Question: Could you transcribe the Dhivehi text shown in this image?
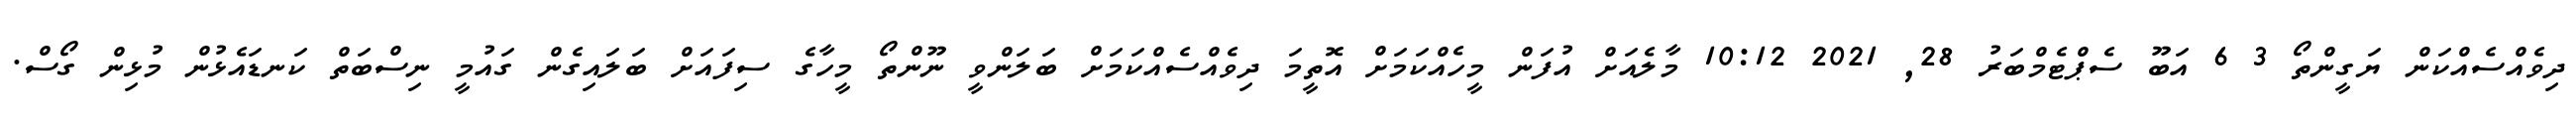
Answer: ދިވެއްސެއްކަން ޔަގީންތޯ 3 6 އަބޫ ސެޕްޓެމްބަރު 28, 2021 10:12 މާލެއަށް އުފަން މީހެއްކަމަށް އޮތީމަ ދިވެއްސެއްކަމަށް ބަލަންވީ ނޫންތޯ މީހާގެ ސިފައަށް ބަލައިގެން ގައުމީ ނިސްބަތް ކަނޑައެޅުން މުޅިން ގޯސް.